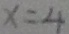
x = 4